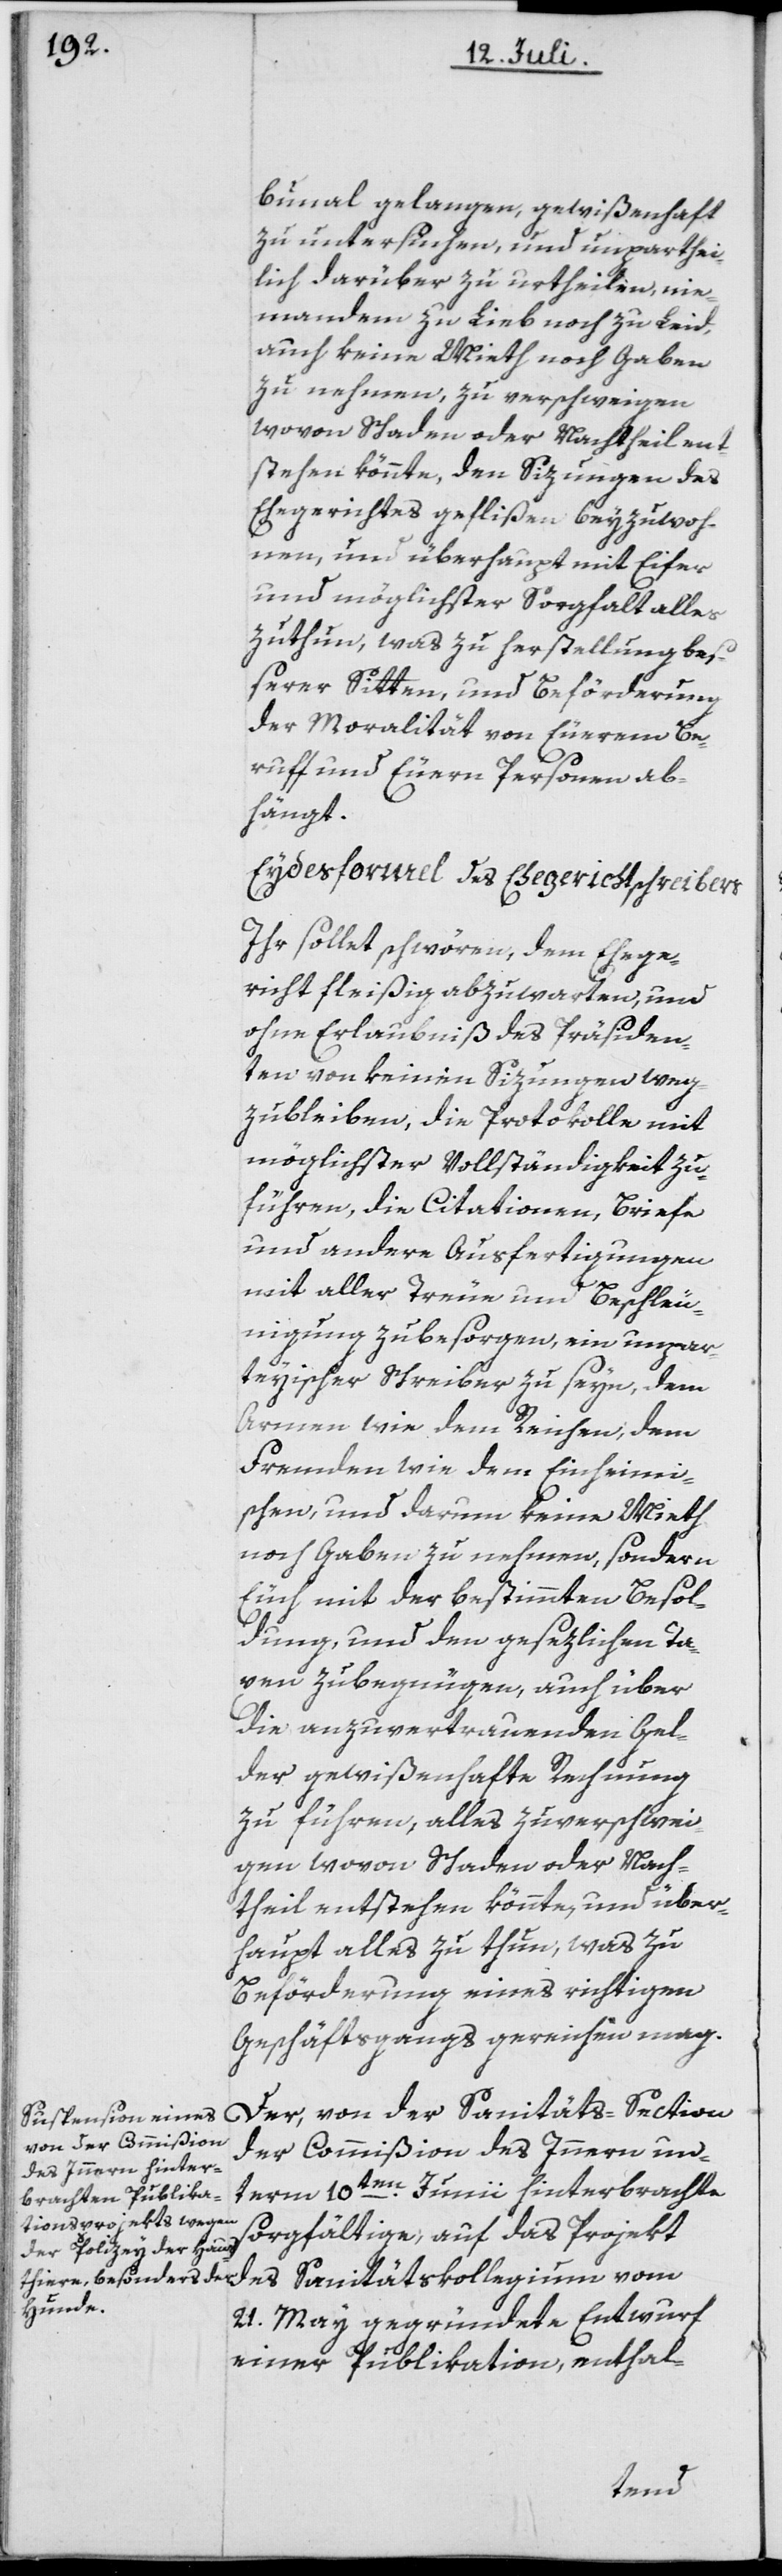
bunal gelangen, gewißenhaft
zu untersuchen, und unparthei¬
lich darüber zu urtheilen, nie¬
mandem zu Lieb noch zu Leid,
auch keine Mieth noch Gaben
zu nehmen, zu verschweigen
wovon Schaden oder Nachtheil ent¬
stehen könnte, den Sizungen des
Ehegerichtes geflißen beyzuwoh¬
nen, und überhaupt mit Eifer
und möglichster Sorgfalt alles
zu thun, was zu Herstellung be¬
ßerer Sitten, und Beförderung
der Moralität von Euerem Be¬
ruff und Euern Personen ab¬
hängt.
Eydesformel des Ehegerichtschreibers
Ihr sollt schwören, dem Ehege¬
richt fleißig abzuwarten, und
ohne Erlaubniß des Präsiden¬
ten von keinen Sizungen weg¬
zubleiben, die Protokolle mit
möglichster Vollständigkeit zu
führen, die Citationen, Briefe
und andere Ausfertigungen
mit aller Treue und Beschleu¬
nigung zu besorgen, ein unpar¬
theyischer Schreiber zu seyn, dem
Armen wie dem Reichen, dem
Fremden wie dem Einheimi¬
schen, und darum keine Mieth
noch Gaben zu nehmen, sondern
Euch mit der bestimmten Besol¬
dung, und den gesezlichen Ta¬
xen zu begnügen, auch über
die anzuvertrauenden Gel¬
der gewißenhafte Rechnung
zu führen, alles zu verschwei¬
gen wovon Schaden oder Nach¬
theil entstehen könnte, und über¬
haupt alles zu thun, was zu
Beförderung eines richtigen
Geschäftsgangs gereichen mag.
der Commißion des Innern un¬
term 10ten Junii hinterbrachte
sorgfältige, auf das Projekt
des Sanitätskollegium vom
21. May gegründete Entwurf
einer Publikation, enthal-